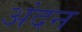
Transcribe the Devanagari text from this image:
अंदन